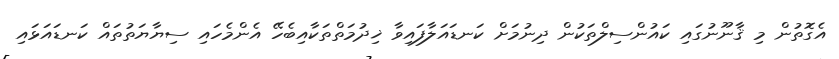
އެގޮތުން މި ޤާނޫނުގައި ކައުންސިލްތަކުން ދިނުމަށް ކަނޑައަލާފައިވާ ޚިދުމަތްތަކާއިބެހޭ އެންމެހައި ސިޔާޔަތުތައް ކަނޑައަޅައި